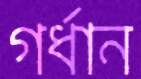
গর্ধান